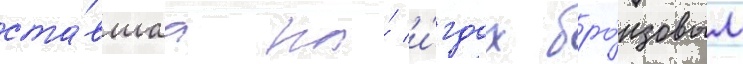
ста́вшаа на́ и́грах бро́нзовым